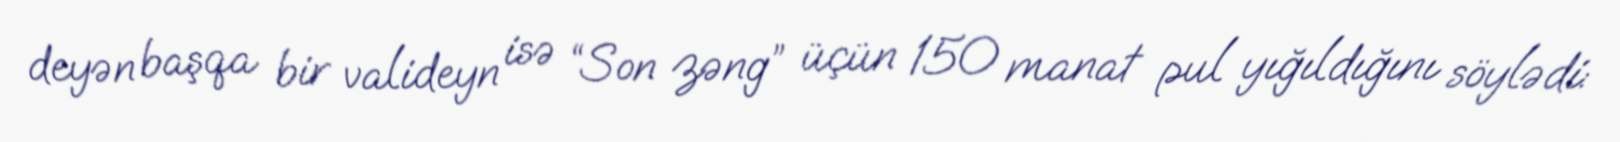
deyən başqa bir valideyn isə “Son zəng” üçün 150 manat pul yığıldığını söylədi: